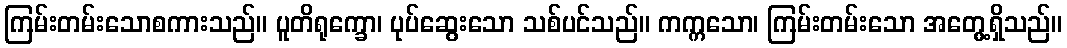
ကြမ်းတမ်းသောစကားသည်။ ပူတိရုက္ခော၊ ပုပ်ဆွေးသော သစ်ပင်သည်။ ကက္ကသော၊ ကြမ်းတမ်းသော အတွေ့ရှိသည်။